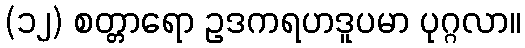
(၁၂) စတ္တာရော ဥဒကရဟဒူပမာ ပုဂ္ဂလာ။